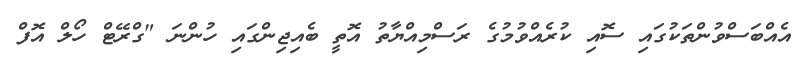
އެއްބަސްވުންތަކުގައި ސޮއި ކުރެއްވުމުގެ ރަސްމިއްޔާތު އޮތީ ބެއިޖިންގައި ހުންނަ "ގްރޭޓް ހޯލް އޮފް